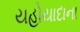
યહોયાદાના